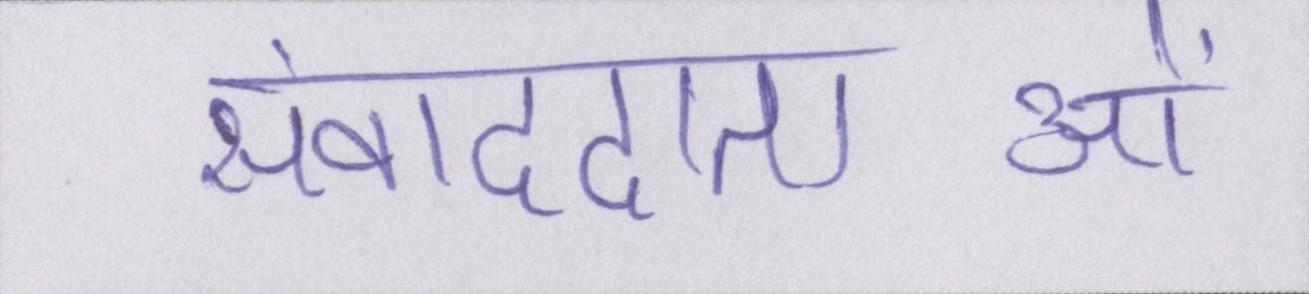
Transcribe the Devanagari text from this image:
संवाददाताओं